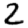
Digit: 2